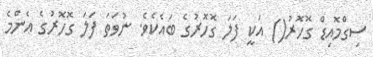
ސިގްމޮއިޑް ގޮހޮރު() އަކީ ފަލަ ގޮހޮރުގެ ބައެކެވެ. ނުވަތަ ފަލަ ގޮހޮރުގެ އެންމެ